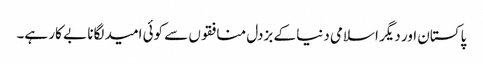
پاکستان اور دیگر اسلامی دنیا کے بزدل منافقوں سے کوئی امید لگانا بے کار ہے۔